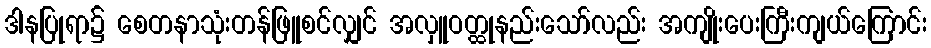
ဒါနပြုရာ၌ စေတနာသုံးတန်ဖြူစင်လျှင် အလှူဝတ္ထုနည်းသော်လည်း အကျိုးပေးကြီးကျယ်ကြောင်း